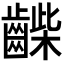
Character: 𪘿